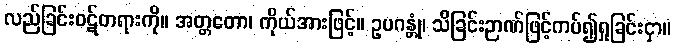
လည်ခြင်းဝဋ်တရားကို။ အတ္တတော၊ ကိုယ်အားဖြင့်။ ဥပဂန္တုံ၊ သိခြင်းဉာဏ်ဖြင့်ကပ်၍ရှုခြင်းငှာ။